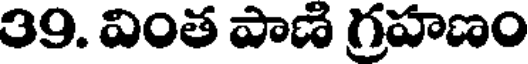
39. వింత పాణి గ్రహణం